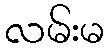
လမ်းမ